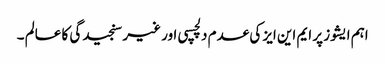
اہم ایشوز پر ایم این ایز کی عدم دلچسپی اور غیر سنجیدگی کا عالم ۔